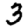
Digit: 3